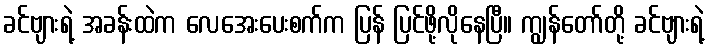
ခင်ဗျားရဲ့ အခန်းထဲက လေအေးပေးစက်က ပြန် ပြင်ဖို့လိုနေပြီ။ ကျွန်တော်တို့ ခင်ဗျားရဲ့